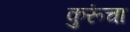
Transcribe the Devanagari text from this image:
कुरूंचा